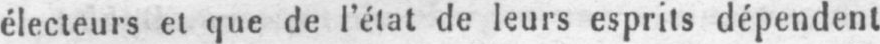
électeurs et que de l’état de leurs esprits dépendent